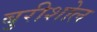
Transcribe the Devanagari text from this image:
बुरीशोल